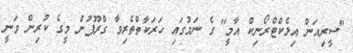
"ސީރިއަން އިލެކްޓްރޯނިކް އާމީ" ގެ ނަމުގައި ހަރަކާތްތެރިވާ ގްރޫޕުން މީގެ ކުރިން ވަނީ